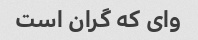
وای که گران است